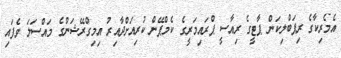
އެމެރިކާގެ ރިޕަބްލިކަން ޕާޓީގެ ރިއާސީ ޕްރައިމަރީގެ ކެމްޕޭން ކުރިއަށްދާއިރު އިމިގްރޭޝަންގެ މައްސަލަ ވެފައި